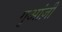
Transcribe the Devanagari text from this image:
गुआंज़ी